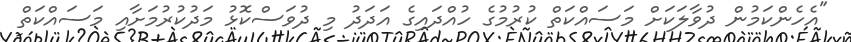
"އެހެންކަމުން ދުވާލަކަށް މަސައްކަތް ކުރުމުގެ ހުއްދައިގެ އަދަދު މި ދުވަސްކޮޅު މަދުކުރުމަށާއި މަސައްކަތް